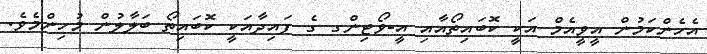
އެހެންކަމުން އީވީއެމް އަކީ ކޮބައިތޯއާއި އީ-ވޯޓިންގ ގެ ފައިދާއަކީ ކޮބައިތޯ ބަލާލުން މުހިންމެވެ.